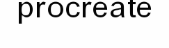
procreate